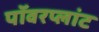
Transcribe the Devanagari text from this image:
पॉवरप्लांट